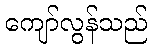
ကျော်လွန်သည်